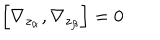
\left[ \nabla _ { z _ { \alpha } } , \nabla _ { z _ { \beta } } \right] = 0